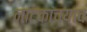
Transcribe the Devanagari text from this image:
नाटकांच्याच